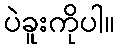
ပဲခူးကိုပါ။